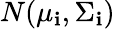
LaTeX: N(\mu_{\mathbf{i}},\Sigma_{\mathbf{i}})